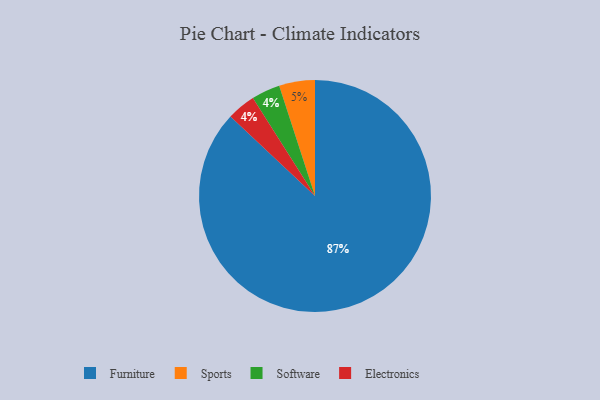
{"axis": {"x": "Category", "y": "Percentage"}, "legend": ["Electronics", "Furniture", "Software", "Sports"], "data": [{"x": "Sports", "y": 5, "type": "Sports"}, {"x": "Furniture", "y": 87, "type": "Furniture"}, {"x": "Software", "y": 4, "type": "Software"}, {"x": "Electronics", "y": 4, "type": "Electronics"}]}